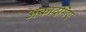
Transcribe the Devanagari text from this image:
अकादमिए